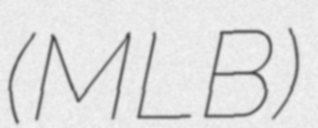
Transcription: (MLB)